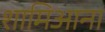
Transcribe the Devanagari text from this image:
शामिआना